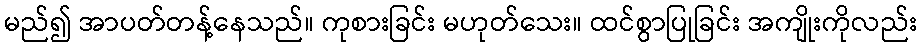
မည်၍ အာပတ်တန့်နေသည်။ ကုစားခြင်း မဟုတ်သေး။ ထင်စွာပြုခြင်း အကျိုးကိုလည်း